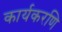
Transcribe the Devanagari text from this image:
कार्यकरणि